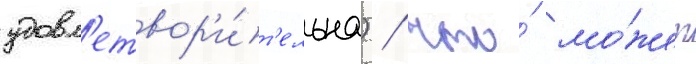
удовл'етвор'и́т'ельна) / что́ мо́жет